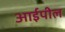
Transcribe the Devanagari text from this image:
आईपील